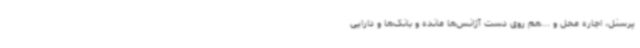
پرسنل، اجاره محل و ...هم روی دست آژانس‌ها مانده و بانک‌ها و دارایی